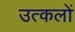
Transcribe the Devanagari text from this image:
उत्कलों